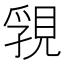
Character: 𧠾